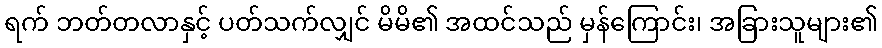
ရက် ဘတ်တလာနှင့် ပတ်သက်လျှင် မိမိ၏ အထင်သည် မှန်ကြောင်း၊ အခြားသူများ၏